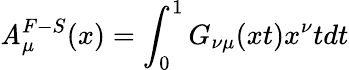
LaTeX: \mathit{A}_{\mu}^{F-S}(x)=\int_{0}^{1}G_{\nu\mu}(xt)x^{\nu}tdt